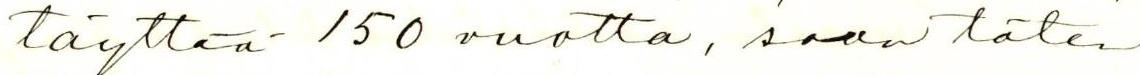
täyttää 150 vuotta, saan täten